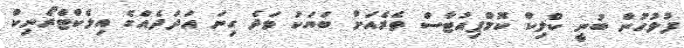
ފުލުހުން ބުނީ ކްލިކް ކޮމްޕިއުޓާސް ތެރެއަށް ބަޔަކު ވަދެ ގިނަ އަދަދެއްގެ އިލެކްޓްރޯނިކް